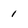
Character: 1